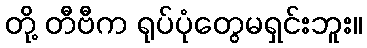
တို့ တီဗီက ရုပ်ပုံတွေမရှင်းဘူး။